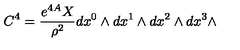
C ^ { 4 } = { \frac { e ^ { 4 A } X } { \rho ^ { 2 } } } d x ^ { 0 } \wedge d x ^ { 1 } \wedge d x ^ { 2 } \wedge d x ^ { 3 } \wedge